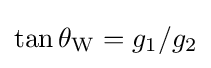
\tan \theta _{\rm {W}}={g_{1}}/{g_{2}}